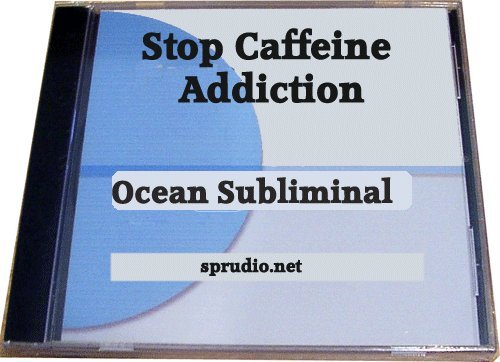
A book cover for Stop Caffeine Addiction Subliminal Ocean Wave Cd with Nlp, Brain Wave Entrainment (Addictions); Sprudio; Health, Fitness & Dieting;